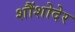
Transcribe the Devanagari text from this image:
शौंशोदेर